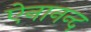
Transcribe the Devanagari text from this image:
ऐनानन्द